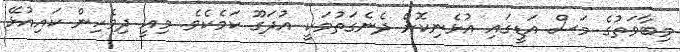
މިބާވަތުގެ މަސް އަޑީގައި އުޅެނިކޮށް ދެނެގަތުމަކީ އުދަގޫ ކަމެކެވެ. މިއީ ދިވެހިން ކައިއުޅޭ